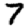
Digit: 7